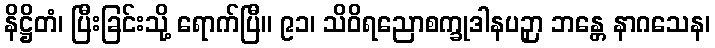
နိဋ္ဌိတံ၊ ပြီးခြင်းသို့ ရောက်ပြီ။ ၉၁၊ သိဝိရညောစက္ခုဒါနပဉှာ ဘန္တေ နာဂသေန၊